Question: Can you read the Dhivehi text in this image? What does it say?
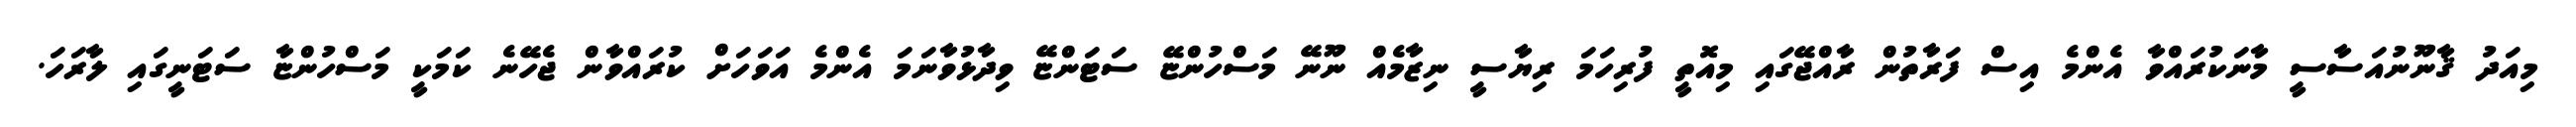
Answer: މިއަދު ޤާނޫނުއަސާސީ މާނަކުރައްވާ އެންމެ އިސް ފަރާތުން ރާއްޖޭގައި މިއޮތީ ފުރިހަމަ ރިޔާސީ ނިޒާމެއް ނޫނޭ މަސްހުންޏޭ ސަޓަންޏޭ ވިދާޅުވާނަމަ އެންމެ އަވަހަށް ކުރައްވާން ޖެހޭނެ ކަމަކީ މަސްހުންޏާ ސަޓަނީގައި ލާރަހަ.